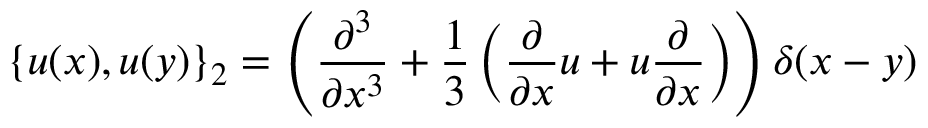
\{ u ( x ) , u ( y ) \} _ { 2 } = \left( { \frac { \partial ^ { 3 } } { \partial x ^ { 3 } } } + { \frac { 1 } { 3 } } \left( { \frac { \partial } { \partial x } } u + u { \frac { \partial } { \partial x } } \right) \right) \delta ( x - y )